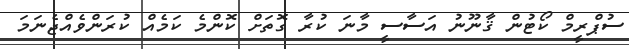
ސުޕްރީމް ކޯޓުން ޤާނޫނު އަސާސީ މާނަ ކުރާ ގޮތަށް ކޮންމެ ކަމެއް ކުރަންވެއްޖެނަމަ